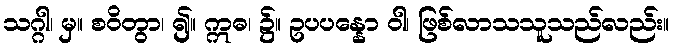
သဂ္ဂါ၊ မှ။ စဝိတွာ၊ ၍။ ဣဓ၊ ၌။ ဥပပန္နော ဝါ၊ ဖြစ်လာသသူသည်လည်း။